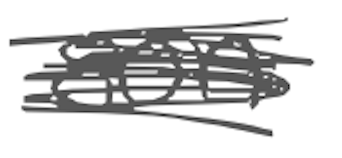
Text: son
Cross-out: scratch
Writing tool: digital_gray